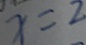
x = 2